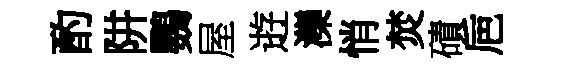
酌阱鸚屋逰灤悄焚磧巵